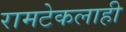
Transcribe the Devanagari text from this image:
रामटेकलाही